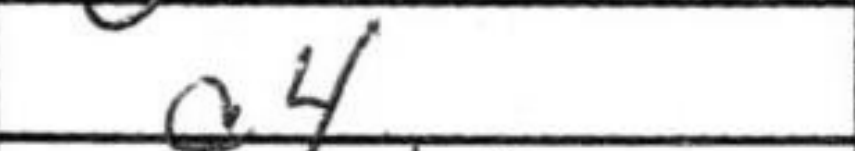
Transcription: a4